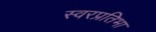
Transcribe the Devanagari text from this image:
स्वरप्रतिभा